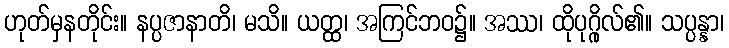
ဟုတ်မှနတိုင်း။ နပ္ပဇာနာတိ၊ မသိ။ ယတ္ထ၊ အကြင်ဘဝ၌။ အဿ၊ ထိုပုဂ္ဂိုလ်၏။ သပ္ပန္နာ၊